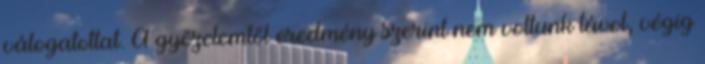
válogatottat. A győzelemtől eredmény szerint nem voltunk távol, végig